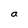
Character: a